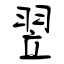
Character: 翌